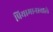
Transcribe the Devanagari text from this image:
प्रियामानावाले